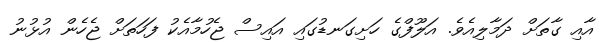
އާއި ގާތަށް ދަމާލިއެވެ. އަލޫފްގެ ހަށިގަނޑުގައި އައިސް ޖެހުމާއެކު ފަހަތަށް ޖެހެން އުޅުނު